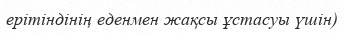
ерітіндінің еденмен жақсы ұстасуы үшін)